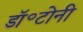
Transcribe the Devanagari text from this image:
डॉ॰टोनी